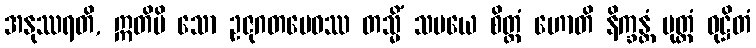
အနုဿရတိ, ဣတိပိ သော ဥဇုဂတမေဝဿ တသ္မိံ သမယေ စိတ္တံ ဟောတိ နိက္ခန္တံ မုတ္တံ ဝုဋ္ဌိတံ